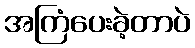
အကြံပေးခဲ့တာပဲ